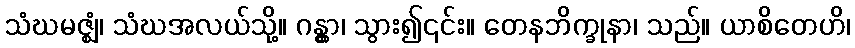
သံဃမဇ္ဈံ၊ သံဃအလယ်သို့။ ဂန္တွာ၊ သွား၍၎င်း။ တေနဘိက္ခုနာ၊ သည်။ ယာစိတေဟိ၊